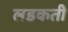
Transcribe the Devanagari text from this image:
लडकती